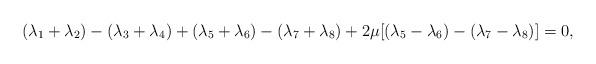
LaTeX: \begin{align*}(\lambda _{1}+\lambda _{2})-(\lambda _{3}+\lambda _{4})+(\lambda_{5}+\lambda _{6})-(\lambda _{7}+\lambda _{8})+2\mu \lbrack (\lambda_{5}-\lambda _{6})-(\lambda _{7}-\lambda _{8})]=0,\end{align*}